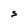
Character: S